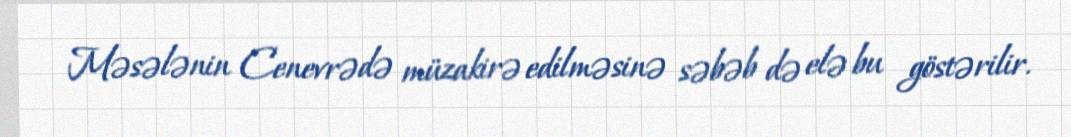
Məsələnin Cenevrədə müzakirə edilməsinə səbəb də elə bu göstərilir.